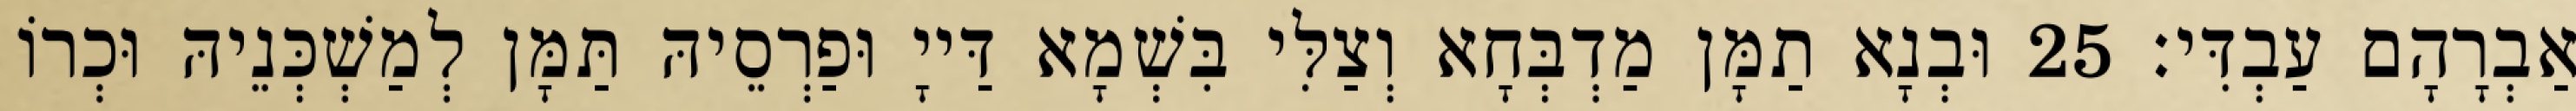
אַבְרָהָם עַבְדִּי׃ 25 וּבְנָא תַמָּן מַדְבְּחָא וְצַלִּי בִּשְׁמָא דַּייָ וּפַרְסֵיהּ תַּמָּן לְמַשְׁכְּנֵיהּ וּכְרוֹ